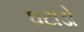
ઘટાડો